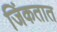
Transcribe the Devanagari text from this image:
जिंकतात